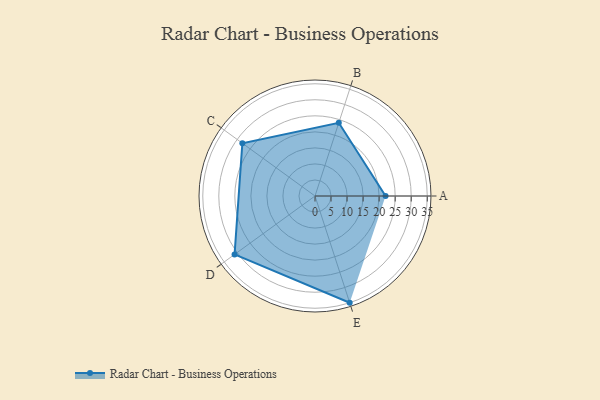
{"axis": {"x": "Skill", "y": "Score"}, "legend": ["Profile"], "data": [{"x": "A", "y": 22.0, "type": "Profile"}, {"x": "B", "y": 24.0, "type": "Profile"}, {"x": "C", "y": 28.0, "type": "Profile"}, {"x": "D", "y": 31.0, "type": "Profile"}, {"x": "E", "y": 35.0, "type": "Profile"}]}